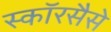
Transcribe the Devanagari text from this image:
स्कॉरसैसे